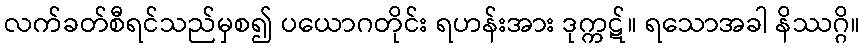
လက်ခတ်စီရင်သည်မှစ၍ ပယောဂတိုင်း ရဟန်းအား ဒုက္ကဋ်။ ရသောအခါ နိဿဂ္ဂိ။